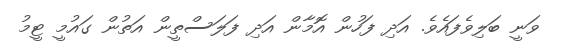
ވަނީ ބަލިވެފައެވެ. އަދި ފަހުން އޮމާން އަދި ފަލަަސްތީން އަތުން ގައުމީ ޓީމު